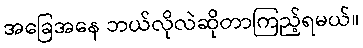
အခြေအနေ ဘယ်လိုလဲဆိုတာကြည့်ရမယ်။